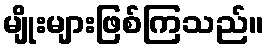
မျိုးများဖြစ်ကြသည်။